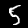
Digit: 5